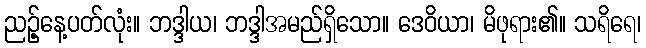
ညဉ့်နေ့ပတ်လုံး။ ဘဒ္ဒါယ၊ ဘဒ္ဒါအမည်ရှိသော။ ဒေဝိယာ၊ မိဖုရား၏။ သရိရေ၊